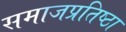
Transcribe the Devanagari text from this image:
समाजप्रतिष्ठा